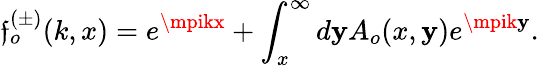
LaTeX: \mathfrak{f}_{o}^{(\pm)}(k,x)=e^{\mpikx}+\int_{x}^{\infty}d\mathbf{y}A_{o}(x,\mathbf{y})e^{\mpik\mathbf{y}}.